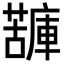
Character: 𧁷